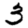
Digit: 3